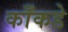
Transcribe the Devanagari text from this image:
काँकडे